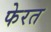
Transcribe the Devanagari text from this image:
फेरत